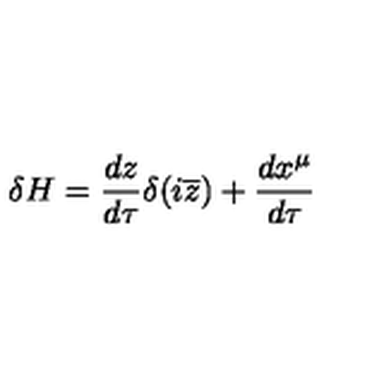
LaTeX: \delta H = \frac { d z } { d \tau } \delta ( i \overline { { z } } ) + \frac { d x ^ { \mu } } { d \tau }